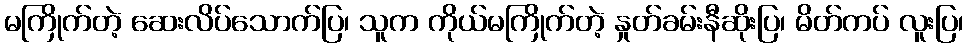
မကြိုက်တဲ့ ဆေးလိပ်သောက်ပြ၊ သူက ကိုယ်မကြိုက်တဲ့ နှုတ်ခမ်းနီဆိုးပြ၊ မိတ်ကပ် လူးပြ၊